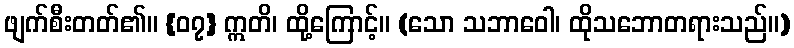
ဖျက်စီးတတ်၏။ {၀၇} ဣတိ၊ ထို့ကြောင့်။ (သော သဘာဝေါ၊ ထိုသဘောတရားသည်။)